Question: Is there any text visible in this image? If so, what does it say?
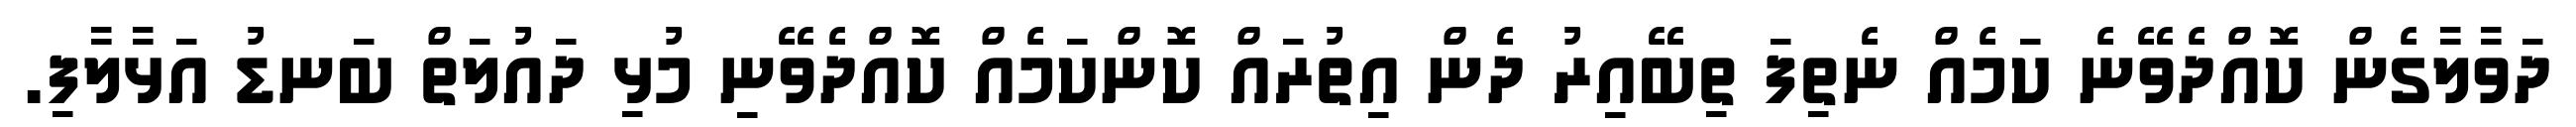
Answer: ދަވާލާގެން ކޮއްދެވޭނެ ކަމެއް ނެތިފަ ތިބޭއިރު ދެން އިތުރައް ކޮންކަމެއް ކޮއްދެވޭނި މުޅި ދައުލަތް ބަނޑު އަޅާލާފި.